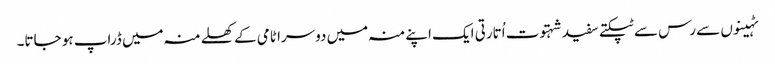
ٹہینوں سے رس سے ٹپکتے سفید شہتوت اُتارتی ایک اپنے منہ میں دوسرا ٹامی کے کھلے منہ میں ڈراپ ہو جاتا۔